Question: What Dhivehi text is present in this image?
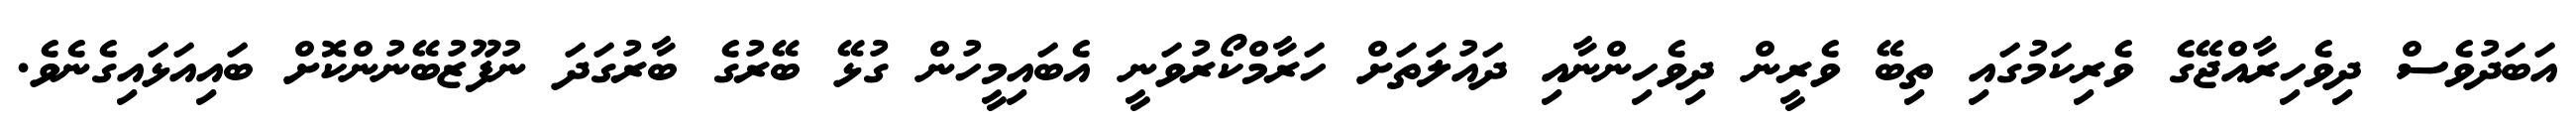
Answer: އަބަދުވެސް ދިވެހިރާއްޖޭގެ ވެރިކަމުގައި ތިބޭ ވެރީން ދިވެހިންނާއި ދައުލަތަށް ހަރާމްކޯރުވަނީ އެބައިމީހުން ގުޅޭ ބޭރުގެ ބާރުގަދަ ނުފޫޒުބޭނުންކޮށް ބައިއަޅައިގެނެވެ.